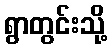
ရွာတွင်းသို့